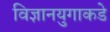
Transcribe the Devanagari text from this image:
विज्ञानयुगाकडे